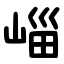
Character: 崰